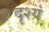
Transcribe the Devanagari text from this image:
दृश्यं